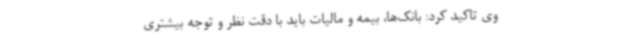
وی تاکید کرد: بانک‌ها، بیمه و مالیات باید با دقت نظر و توجه بیشتری